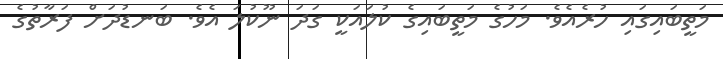
މަތީބައިގައި ހުރެއެވެ. މަހުގެ މަތީބައިގެ ކުލައަކީ ގަދަ ނޫކުލަ އެވެ. ބަނޑުދަށް ފަރާތުގެ